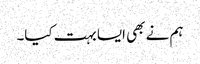
ہم نے بھی ایسا بہت کیا۔